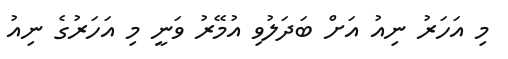
މި އަހަރު ނިއު އަށް ބަދަލުވި އުމޭރު ވަނީ މި އަހަރުގެ ނިއު